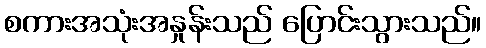
စကားအသုံးအနှုန်းသည် ပြောင်းသွားသည်။